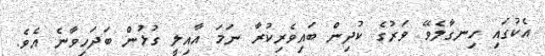
އެކުގައި ހިނގާލެވޭ ވަރުގެ ކުދިން ބައިވެރިކުރާ ނަމަ އާއިލީ ގުޅުން ބަދަހިވާނެ އެވެ.